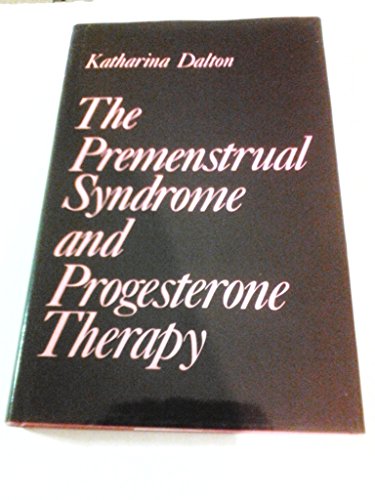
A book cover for Menstrual Syndrome and Progesterone Therapy; Katharina Dalton; Health, Fitness & Dieting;